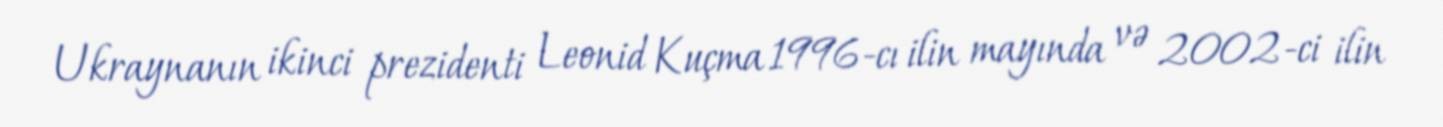
Ukraynanın ikinci prezidenti Leonid Kuçma 1996-cı ilin mayında və 2002-ci ilin